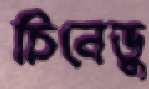
চিনেডু